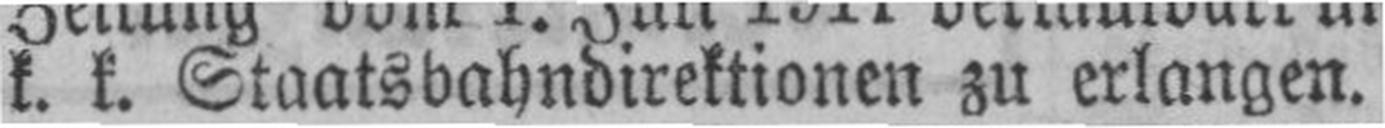
k. k. Staatsbahndirektionen zu erlangen.